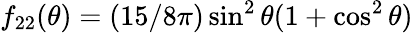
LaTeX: f_{22}(\theta)=(15/8\pi)\sin^{2}\theta(1+\cos^{2}\theta)